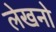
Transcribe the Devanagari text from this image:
लेखनो